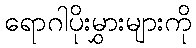
ရောဂါပိုးမွှားများကို